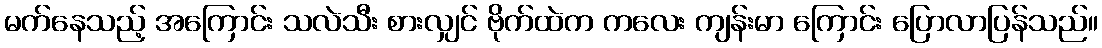
မက်နေသည့် အကြောင်း သလဲသီး စားလျှင် ဗိုက်ထဲက ကလေး ကျန်းမာ ကြောင်း ပြောလာပြန်သည်။